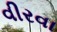
વીરવા